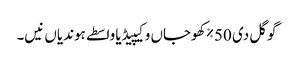
گوگل دی 50٪ کھوجاں وکیپیڈیا واسطے ہوندیاں نیں۔